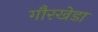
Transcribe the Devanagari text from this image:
गौरखेडा